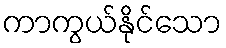
ကာကွယ်နိုင်သော